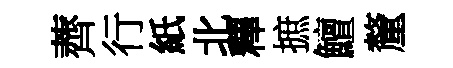
薺行紙北釋摭鱣釐